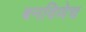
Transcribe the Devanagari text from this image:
बनविणेच